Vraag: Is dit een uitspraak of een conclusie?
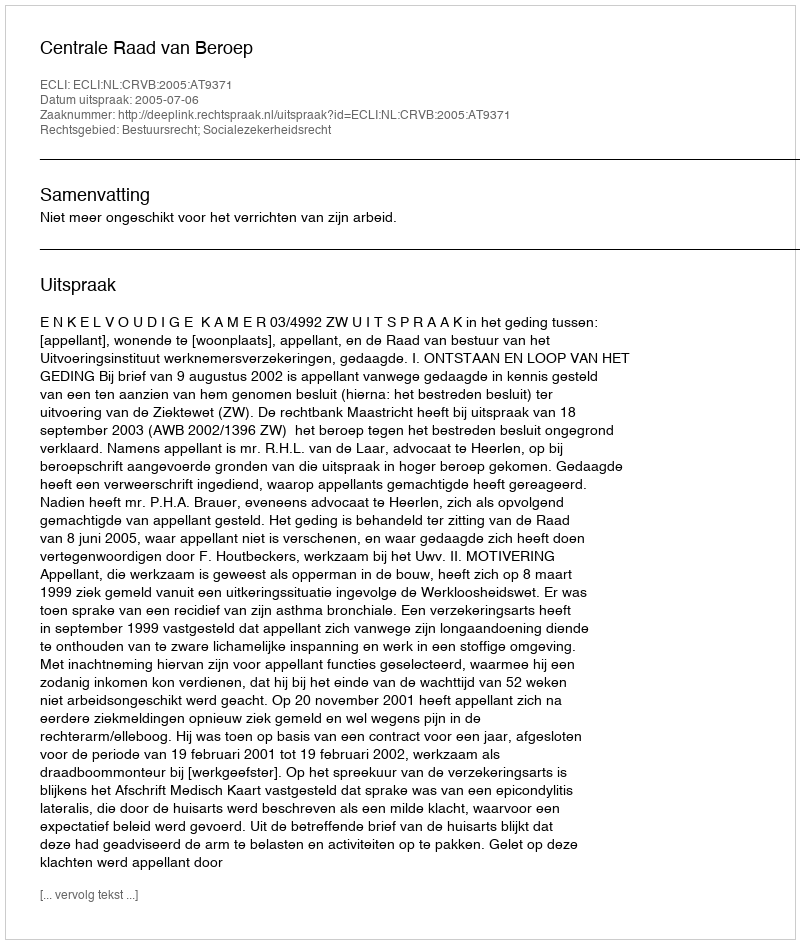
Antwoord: Uitspraak